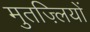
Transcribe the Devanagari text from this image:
मुतज़्लियों